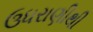
ઉધરાણીથી